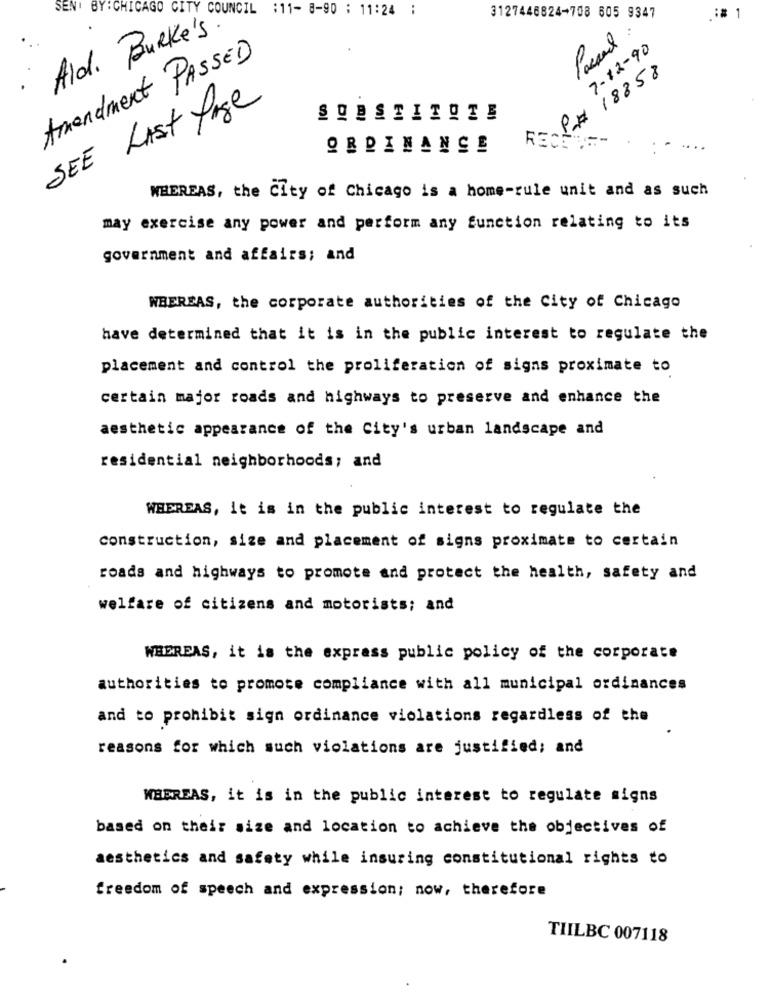
SENT BY:
ICAGO
CITY COUNCIL :11- 8-90 : 11:24 :
3127446824-708 605 9347
: 1
Ald. Burke's
7-12-90
Amendment PASSED
18858
SEE List fase
SUBSTITUTE
P#
RECET
ORDINANCE
WHEREAS, the City of Chicago is a home-rule unit and as such
may exercise any power and perform any function relating to its
government and affairs; and
WHEREAS, the corporate authorities of the City of Chicago
have determined that it is in the public interest to regulate the
placement and control the proliferation of signs proximate to
certain major roads and highways to preserve and enhance the
aesthetic appearance of the City's urban landscape and
residential neighborhoods; and
WHEREAS, it is in the public interest to regulate the
construction, size and placement of signs proximate to certain
roads and highways to promote and protect the health, safety and
welfare of citizens and motorists; and
WHEREAS, it is the express public policy of the corporate
authorities to promote compliance with all municipal ordinances
and to prohibit sign ordinance violations regardless of the
reasons for which such violations are justified; and
WHEREAS, it is in the public interest to regulate signs
based on their size and location to achieve the objectives of
aesthetics and safety while insuring constitutional rights to
freedom of speech and expression; now, therefore
TIILBC 007118